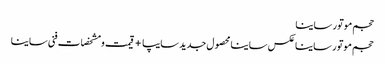
حجم موتور ساینا
حجم موتور ساینا	عکس ساینا محصول جدید سایپا +قیمت و مشخصات فنی ساینا